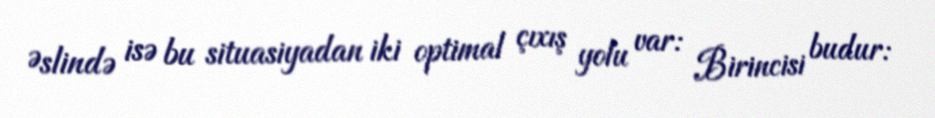
Əslində isə bu situasiyadan iki optimal çıxış yolu var: Birincisi budur: